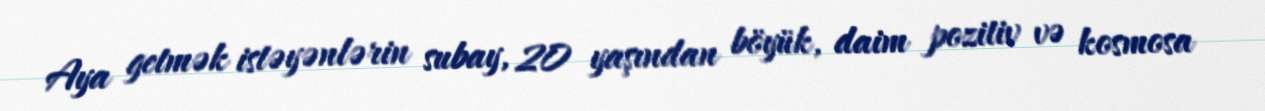
Aya getmək istəyənlərin subay, 20 yaşından böyük, daim pozitiv və kosmosa